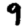
Digit: 9